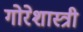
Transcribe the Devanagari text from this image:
गोरेशास्त्री